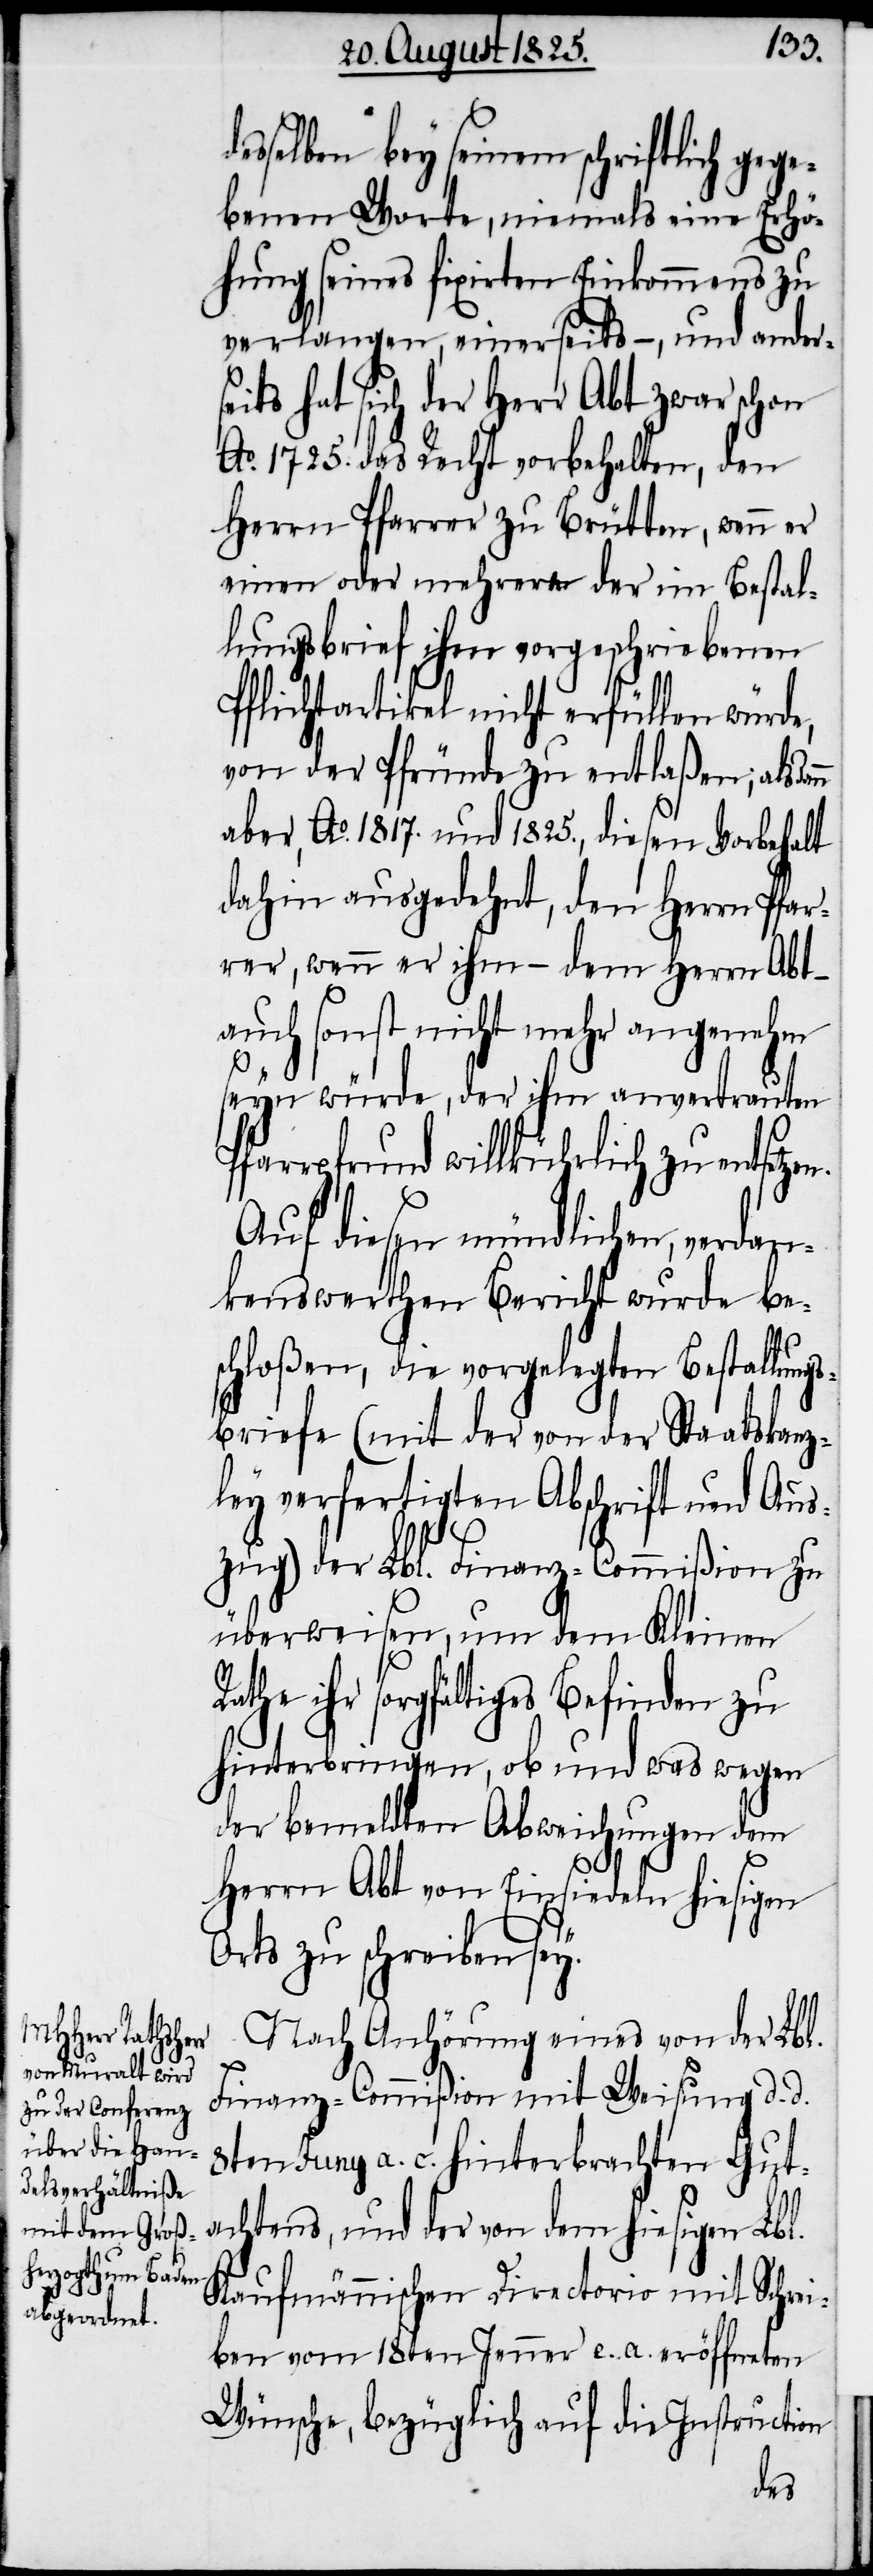
desselben bey seinem schriftlich gege¬
benen Worte, niemals eine Erhö¬
hung seines fixirten Einkommens zu
verlangen, einerseits–, und ander¬
seits hat sich der Herr Abt zwar schon
Ao. 1725. das Recht vorbehalten, den
Herrn Pfarrer zu Brütten, wenn er
einen oder mehrerer der ein Bestal¬
lungsbrief ihm vorgeschriebene
Pflichtartikel nicht erfüllen würde,
von der Pfründe zu entlaßen, alsda¬
aber, Ao. 1817. und 1825., diesen Vorbehalt
dahin ausgedehnt, den Herrn Pfar¬
rer, wenn er ihm – dem Herrn Abt
auch sonst nicht mehr angenehm
seyn würde, der ihm anvertrauten
Pfarrpfrund willkürlich zu entsetz¬
Auf diesen mündlichen, verdan¬
kenswerthen Bericht wurde be¬
schloßen, die vorgelegten Bestallung¬
sbriefe (mit der von der Staatskanz¬
ley verfertigten Abschrift und Aus¬
zug) der Lbl. Finanz-Commißion zu
überweisen, um dem Kleinen
Rathe ihr sorgfältiges Befinden zu
hinterbringen, ob und was wegen
der bemeldten Abweichungen dem
Herrn Abt von Einsiedeln hiesigen
Orts zu schreiben sey.
Nach Anhörung eines von der Lbl.
Finanz-Commißion mit Weisung d. d.
8ten Juny a. c. hinterbrachten Gut¬
achtens, und der von dem hiesigen Lbl.
Kaufmännischen Directorio mit Schrei¬
ben vom 18ten Jenner e. a. eröffneten
Wünsche, bezüglich auf die Instruction
en.